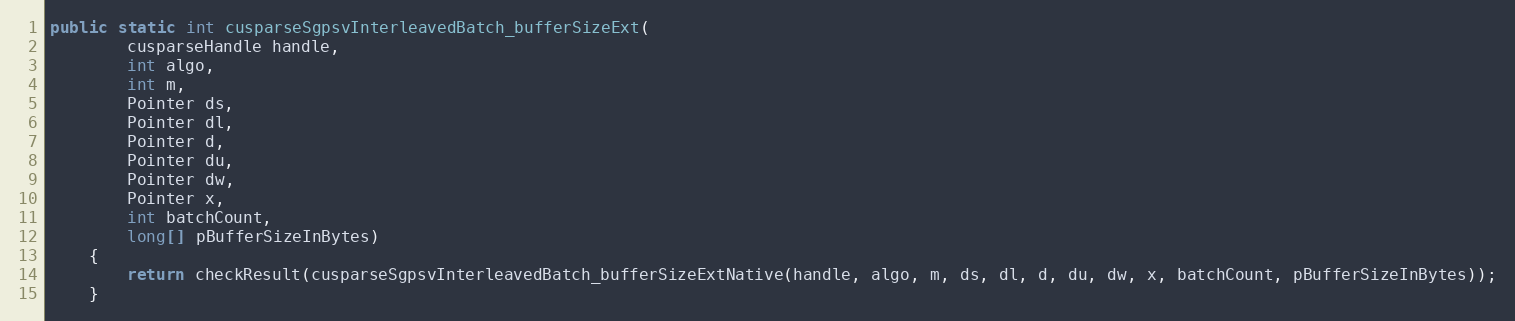
Language: Java
public static int cusparseSgpsvInterleavedBatch_bufferSizeExt(
        cusparseHandle handle,
        int algo,
        int m,
        Pointer ds,
        Pointer dl,
        Pointer d,
        Pointer du,
        Pointer dw,
        Pointer x,
        int batchCount,
        long[] pBufferSizeInBytes)
    {
        return checkResult(cusparseSgpsvInterleavedBatch_bufferSizeExtNative(handle, algo, m, ds, dl, d, du, dw, x, batchCount, pBufferSizeInBytes));
    }